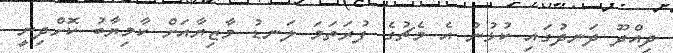
ދިއްދޫ ދަނދުގައި ކުޅުނު އެ މެޗުގެ ފުރަތަމަ ލަނޑު މާޒިޔާއަށް ކާމިޔާބު ކޮށްދިނީ